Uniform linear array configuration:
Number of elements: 64
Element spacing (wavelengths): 1
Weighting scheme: binomial
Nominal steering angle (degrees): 60
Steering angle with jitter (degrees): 61.655
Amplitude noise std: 0.05
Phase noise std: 0.05

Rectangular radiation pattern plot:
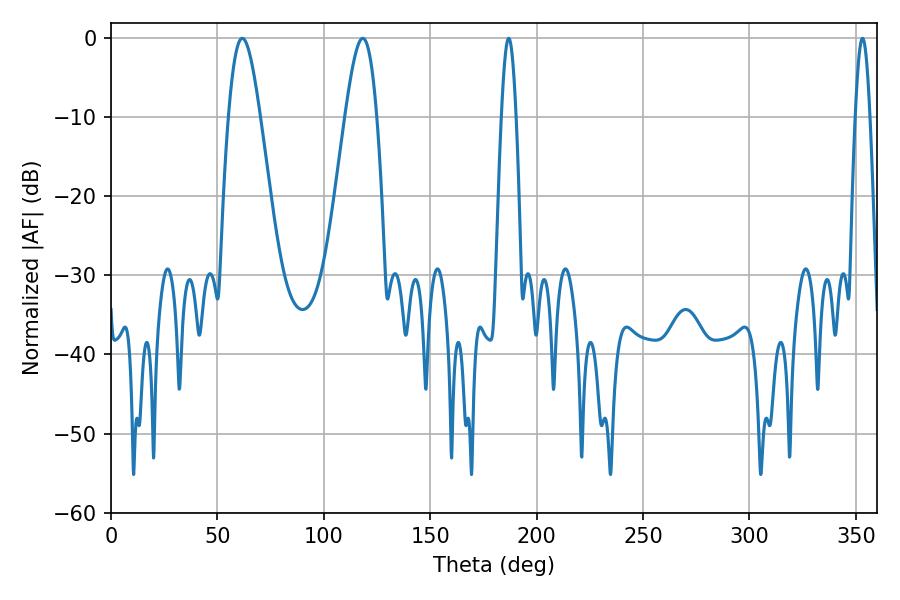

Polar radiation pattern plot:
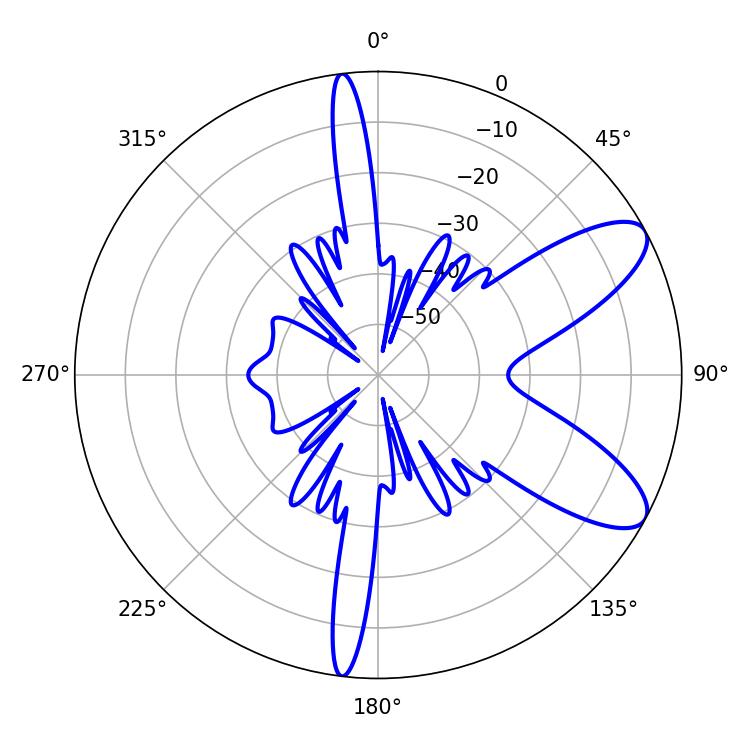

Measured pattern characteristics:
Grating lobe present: TRUE
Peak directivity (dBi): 8.972
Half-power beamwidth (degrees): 7.92
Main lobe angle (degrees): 61.74